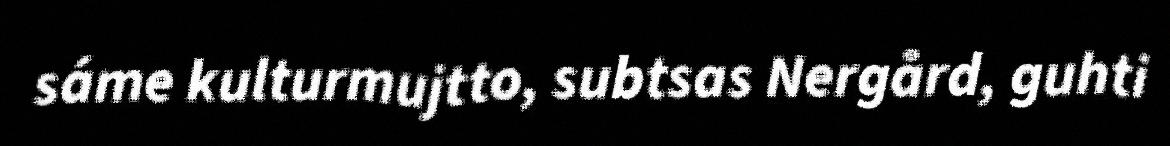
sáme kulturmujtto, subtsas Nergård, guhti